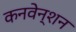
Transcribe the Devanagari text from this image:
कनवेन्शन